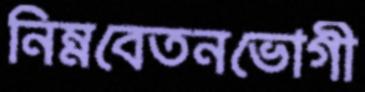
নিম্নবেতনভোগী